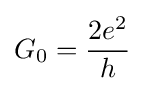
G_{0}={\frac {2e^{2}}{h}}